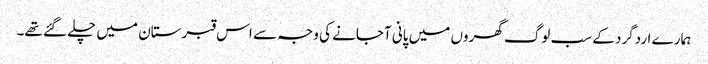
ہمارے اردگرد کے سب لوگ گھروں میں پانی آجانے کی وجہ سے اس قبرستان میں چلے گئے تھے۔